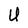
Character: U